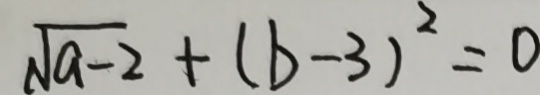
\sqrt { a - 2 } + ( b - 3 ) ^ { 2 } = 0